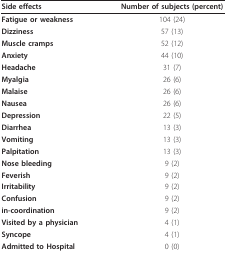
| Side effects | Number of subjects (percent) |
 | --- | --- |
 | Fatigue or weakness | 104 (24) |
 | Dizziness | 57 (13) |
 | Muscle cramps | 52 (12) |
 | Anxiety | 44 (10) |
 | Headache | 31 (7) |
 | Myalgia | 26 (6) |
 | Malaise | 26 (6) |
 | Nausea | 26 (6) |
 | Depression | 22 (5) |
 | Diarrhea | 13 (3) |
 | Vomiting | 13 (3) |
 | Palpitation | 13 (3) |
 | Nose bleeding | 9 (2) |
 | Feverish | 9 (2) |
 | Irritability | 9 (2) |
 | Confusion | 9 (2) |
 | in-coordination | 9 (2) |
 | Visited by a physician | 4 (1) |
 | Syncope | 4 (1) |
 | Admitted to Hospital | 0 (0) |